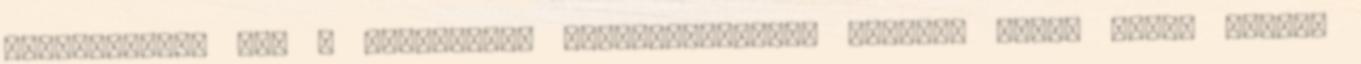
tartózkodott ben a kolozsvári színtársulatnál karnagy volt. Ettől kezdve